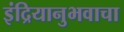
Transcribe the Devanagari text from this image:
इंद्रियानुभवाचा